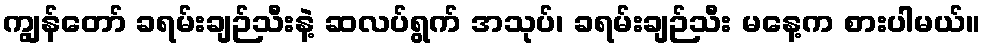
ကျွန်တော် ခရမ်းချဉ်သီးနဲ့ ဆလပ်ရွက် အသုပ်၊ ခရမ်းချဉ်သီး မနေ့က စားပါမယ်။